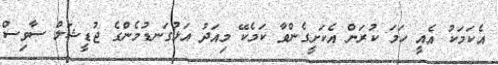
އެކަމަކު އެއީ ހަމަ ކުރަން އެކަށީގެންވާ ކަމެކޭ މިއަދު އަޅުގަނޑުމެންގެ ޖުޑީޝަލް ސާވިސް